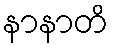
နာနာတိ